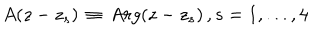
A ( z - z _ { s } ) \, \equiv \, A r g ( z - z _ { s } ) \, , s = 1 , . . . , 4